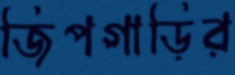
জিপগাড়ির